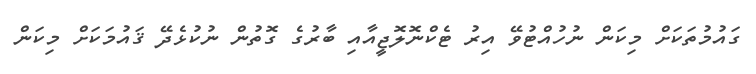
ގައުމުތަކަށް މިކަން ނުހުއްޓުވޭ އިރު ޓެކްނޮލޮޖީއާއި ބާރުގެ ގޮތުން ނުކުޅެދޭ ޤައުމަކަށް މިކަން